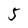
Character: 5